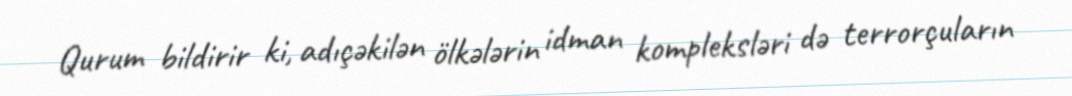
Qurum bildirir ki, adıçəkilən ölkələrin idman kompleksləri də terrorçuların